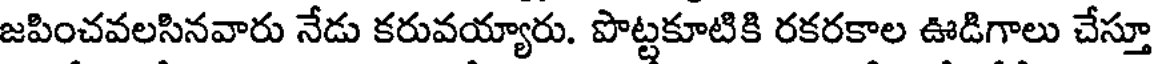
జపించవలసినవారు నేడు కరువయ్యారు. పొట్టకూటికి రకరకాల ఊడిగాలు చేస్తూ